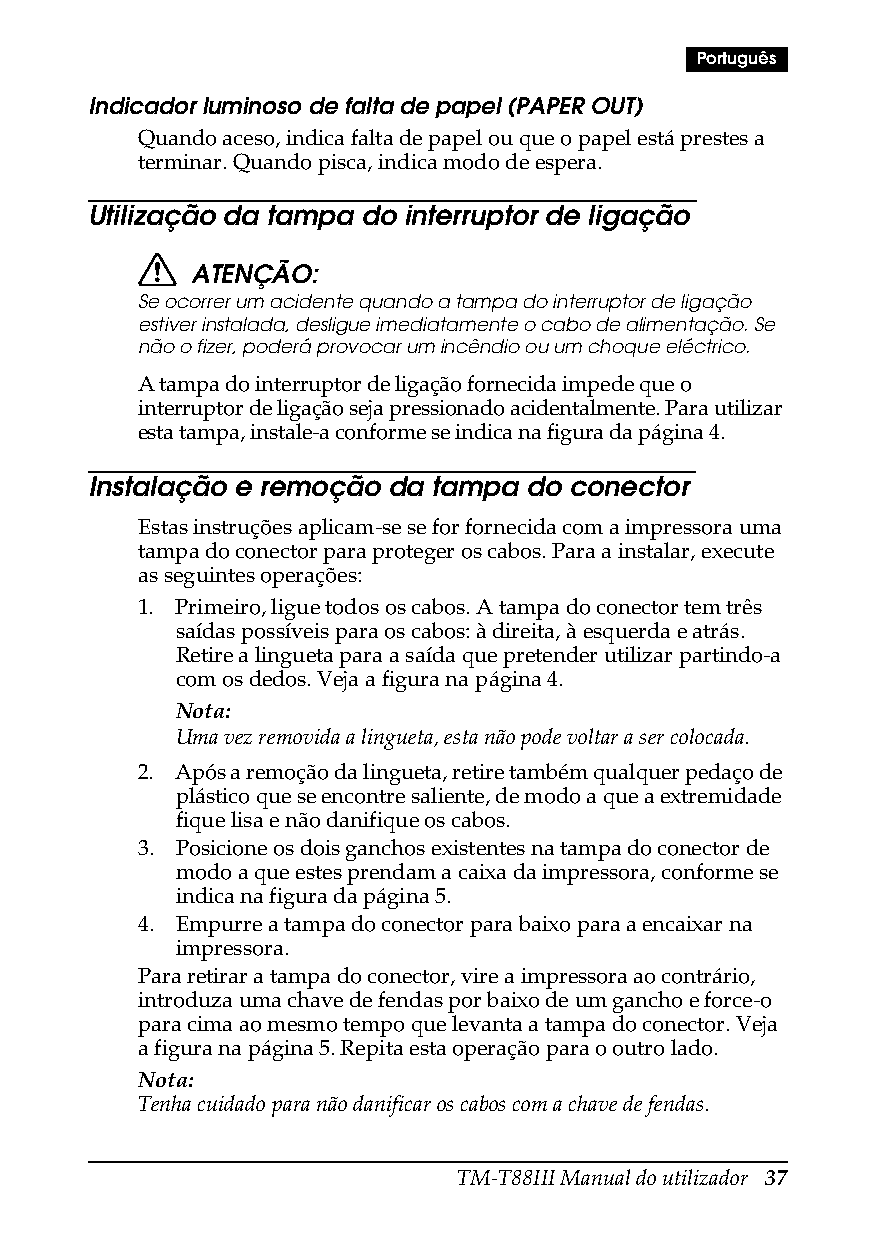
Português
 Indicador luminoso de falta de papel (PAPER OUT)
 Quando aceso, indica falta de papel ou que o papel está prestes a
 terminar. Quando pisca, indica modo de espera.
 Utilização da tampa do interruptor de ligação
 ATENÇÃO:
 Se ocorrer um acidente quando a tampa do interruptor de ligação
 estiver instalada, desligue imediatamente o cabo de alimentação. Se
 não o fizer, poderá provocar um incêndio ou um choque eléctrico.
 A tampa do interruptor de ligação fornecida impede que o
 interruptor de ligação seja pressionado acidentalmente. Para utilizar
 esta tampa, instale-a conforme se indica na figura da página4.
 Instalação e remoção da tampa do conector
 Estas instruções aplicam-se se for fornecida com a impressora uma
 tampa do conector para proteger os cabos. Para a instalar, execute
 as seguintes operações:
 1. Primeiro, ligue todos os cabos. A tampa do conector tem três
 saídas possíveis para os cabos: à direita, à esquerda e atrás.
 Retire a lingueta para a saída que pretender utilizar partindo-a
 com os dedos. Veja a figura na página4.
 Nota:
 Uma vez removida a lingueta, esta não pode voltar a ser colocada.
 2. Após a remoção da lingueta, retire também qualquer pedaço de
 plástico que se encontre saliente, de modo a que a extremidade
 fique lisa e não danifique os cabos.
 3. Posicione os dois ganchos existentes na tampa do conector de
 modo a que estes prendam a caixa da impressora, conforme se
 indica na figura da página5.
 4. Empurre a tampa do conector para baixo para a encaixar na
 impressora.
 Para retirar a tampa do conector, vire a impressora ao contrário,
 introduza uma chave de fendas por baixo de um gancho e force-o
 para cima ao mesmo tempo que levanta a tampa do conector. Veja
 a figura na página5. Repita esta operação para o outro lado.
 Nota:
 Tenha cuidado para não danificar os cabos com a chave de fendas.
 TM-T88III Manual do utilizador 37